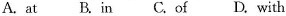
A. at B. in C. of D. with